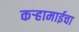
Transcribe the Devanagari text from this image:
कऱ्हामाईचा